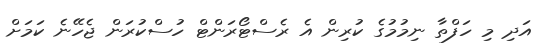
އަދި މި ހަފްތާ ނިމުމުގެ ކުރިން އެ ރެސްޓޯރަންޓް ހުސްކުރަން ޖެހޭނެ ކަމަށް